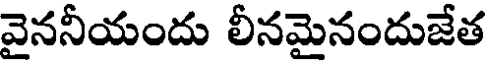
వైననీయందు లీనమైనందుజేత